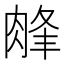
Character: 𦜁